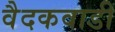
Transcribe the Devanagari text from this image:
वैदकवाडी